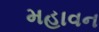
મહાવન